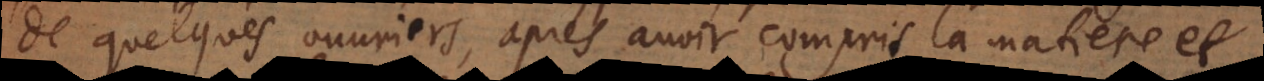
de quelques ouvriers, après avoir compris la matiere et